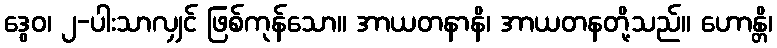
ဒွေဝ၊ ၂-ပါးသာလျှင် ဖြစ်ကုန်သော။ အာယတနာနိ၊ အာယတနတို့သည်။ ဟောန္တိ၊